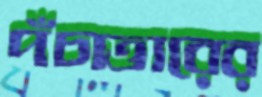
পঁচাত্তারের